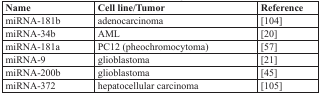
| Name | Cell line/Tumor | Reference |
 | --- | --- | --- |
 | miRNA-181b | adenocarcinoma | [104] |
 | miRNA-34b | AML | [20] |
 | miRNA-181a | PC12 (pheochromocytoma) | [57] |
 | miRNA-9 | glioblastoma | [21] |
 | miRNA-200b | glioblastoma | [45] |
 | miRNA-372 | hepatocellular carcinoma | [105] |